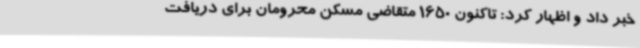
خبر داد و اظهار کرد: تاکنون 1650 متقاضی مسکن محرومان برای دریافت